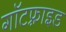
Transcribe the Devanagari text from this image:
गॉटफ़्राइड